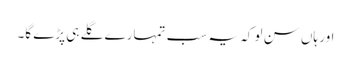
اور ہاں سن لو کہ یہ سب تمہارے گلے ہی پڑے گا۔